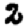
Digit: 2